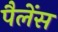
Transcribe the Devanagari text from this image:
पैलेंस